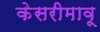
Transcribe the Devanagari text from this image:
केसरीमावू